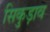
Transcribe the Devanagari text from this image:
सिकुड़ाव